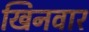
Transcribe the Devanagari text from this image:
खिनवार